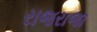
રાજરાજા